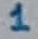
Text: 1